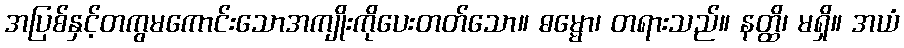
အပြစ်နှင့်တကွမကောင်းသောအကျိုးကိုပေးတတ်သော။ ဓမ္မော၊ တရားသည်။ နတ္ထိ၊ မရှိ။ အယံ